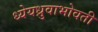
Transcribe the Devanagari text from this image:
ध्येयध्रुवाभोवती